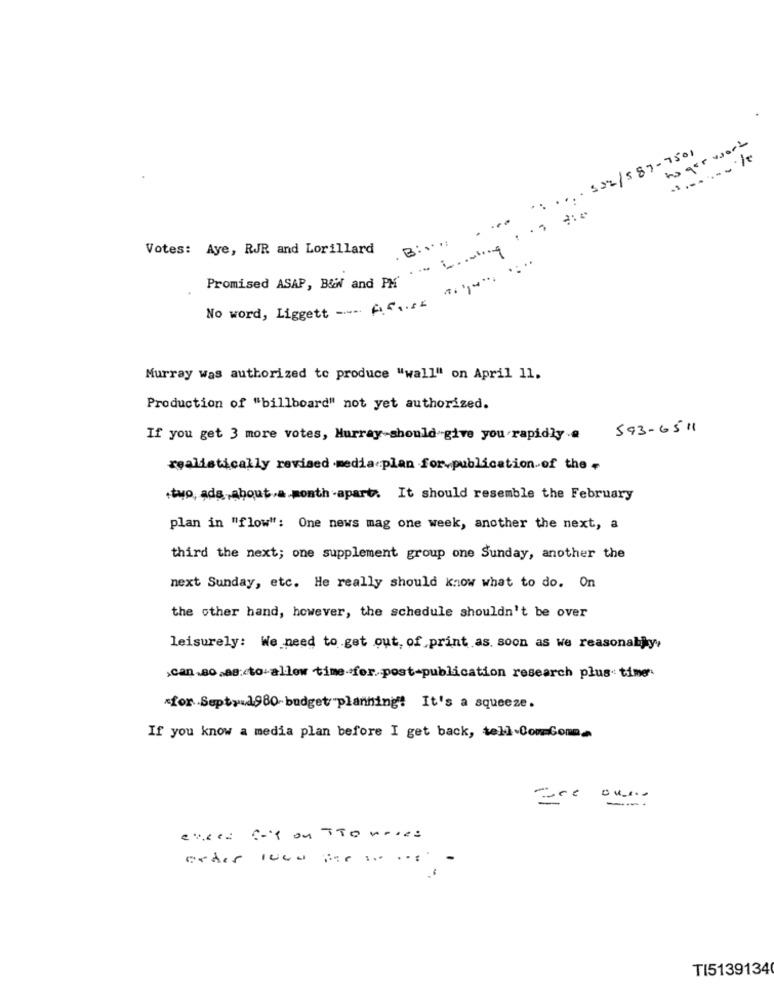
ho ger word
.. .... 532/587- 7501
....
B :...
Votes: Aye, RJR and Lorillard
. bowling
Promised ASAP, B&f and PM
No word, Liggett- AG ... ...
Murray was authorized to produce "wall" on April 11.
Production of "billboard" not yet authorized.
593-6511
If you get 3 more votes, Murray-should give you rapidly .
realistically revised media plan for publication of the
.two, ada-about.a month .apart. It should resemble the February
plan in "flow": One news mag one week, another the next, a
third the next; one supplement group one Sunday, another the
next Sunday, etc. He really should know what to do. On
the other hand, however, the schedule shouldn't be over
leisurely: We need to get out, of print.as. soon as we reasonably,
.can.so .as :< to-allow time-for post-publication research plus- time
*for Sept, 1980 budget planning: It's a squeeze.
If you know a media plan before I get back, tell.Com Comm_
Tre ouro
e ==== = '{ ou TTO vores
exder 1000 par .. ..: -
TI5139134